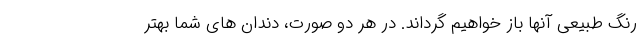
رنگ طبیعی آنها باز خواهیم گرداند. در هر دو صورت، دندان های شما بهتر